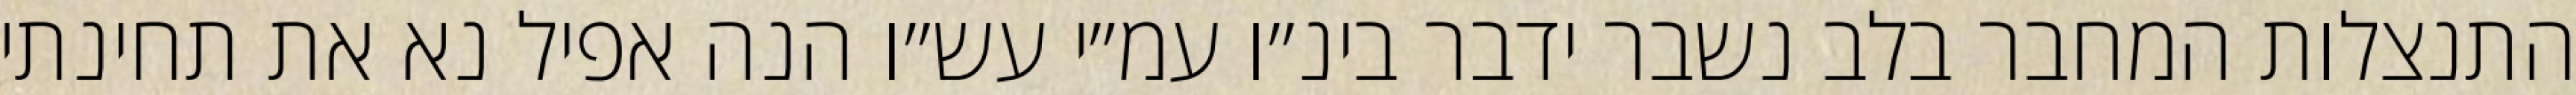
התנצלות המחבר בלב נשבר ידבר בינ״ו עמ״י עש״ו הנה אפיל נא את תחינתי